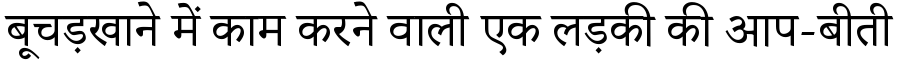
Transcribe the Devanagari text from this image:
बूचड़खाने में काम करने वाली एक लड़की की आप-बीती